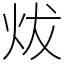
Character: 炦